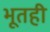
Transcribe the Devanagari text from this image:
भूतही